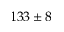
1 3 3 \pm 8